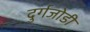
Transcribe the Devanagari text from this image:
दुर्गजोडी